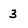
Character: 3